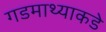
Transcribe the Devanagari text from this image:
गडमाथ्याकडे